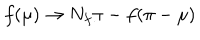
f ( \mu ) \to N _ { f } \pi - f ( \pi - \mu )